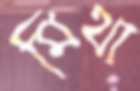
মিথা